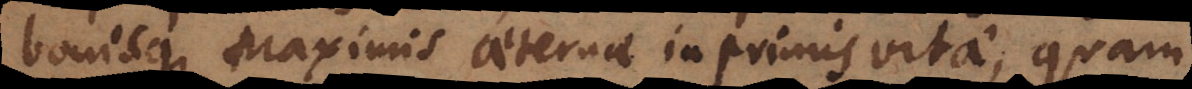
bonisque maximis aeternae inprimis vitae, quam